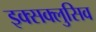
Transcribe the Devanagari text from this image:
इक्सक्लुसिव